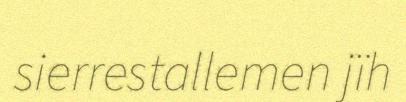
sierrestallemen jïh